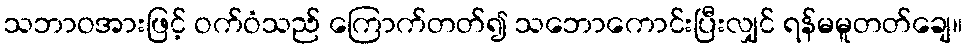
သဘာဝအားဖြင့် ဝက်ဝံသည် ကြောက်တတ်၍ သဘောကောင်းပြီးလျှင် ရန်မမူတတ်ချေ။